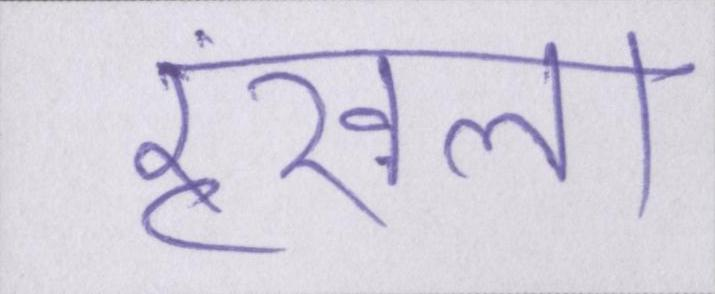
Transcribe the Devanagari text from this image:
रॄंखला